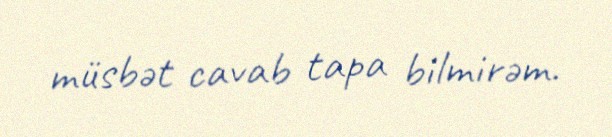
müsbət cavab tapa bilmirəm.